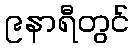
၉နာရီတွင်